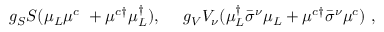
g _ { S } S ( \mu _ { L } \mu ^ { c } ~ + \mu ^ { c \dagger } \mu _ { L } ^ { \dagger } ) , ~ ~ ~ ~ g _ { V } V _ { \nu } ( \mu _ { L } ^ { \dagger } \bar { \sigma } ^ { \nu } \mu _ { L } + \mu ^ { c \dagger } \bar { \sigma } ^ { \nu } \mu ^ { c } ) ~ ,